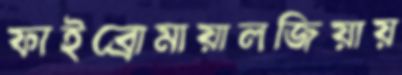
ফাইব্রোমায়ালজিয়ায়